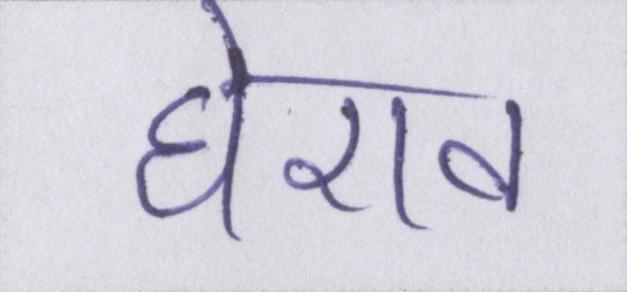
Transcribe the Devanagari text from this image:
घेराव